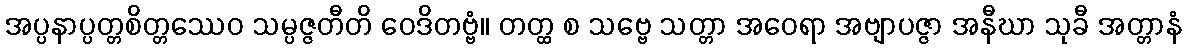
အပ္ပနာပ္ပတ္တစိတ္တဿေဝ သမ္ပဇ္ဇတီတိ ဝေဒိတဗ္ဗံ။ တတ္ထ စ သဗ္ဗေ သတ္တာ အဝေရာ အဗျာပဇ္ဇာ အနီဃာ သုခီ အတ္တာနံ